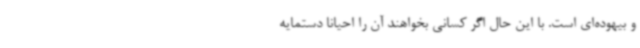
و بیهوده‌ای است. با این حال اگر کسانی بخواهند آن را احیانا دستمایه